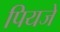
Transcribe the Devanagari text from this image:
पियजे